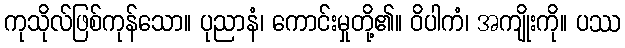
ကုသိုလ်ဖြစ်ကုန်သော။ ပုညာနံ၊ ကောင်းမှုတို့၏။ ဝိပါကံ၊ အကျိုးကို။ ပဿ